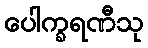
ပေါက္ခရဏီသု